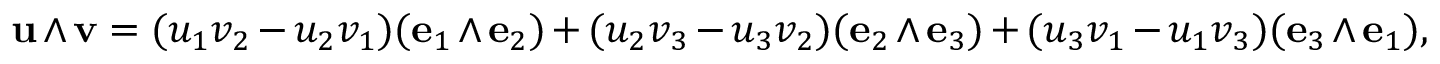
\mathbf { u } \wedge \mathbf { v } = ( u _ { 1 } v _ { 2 } - u _ { 2 } v _ { 1 } ) ( \mathbf { e } _ { 1 } \wedge \mathbf { e } _ { 2 } ) + ( u _ { 2 } v _ { 3 } - u _ { 3 } v _ { 2 } ) ( \mathbf { e } _ { 2 } \wedge \mathbf { e } _ { 3 } ) + ( u _ { 3 } v _ { 1 } - u _ { 1 } v _ { 3 } ) ( \mathbf { e } _ { 3 } \wedge \mathbf { e } _ { 1 } ) ,